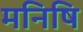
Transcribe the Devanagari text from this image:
मनिषि